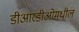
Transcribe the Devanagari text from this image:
डीआरडीओमधील